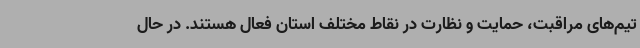
تیم‌های مراقبت، حمایت و نظارت در نقاط مختلف استان فعال هستند. در حال